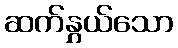
ဆက်နွှယ်သော